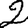
Digit: 2